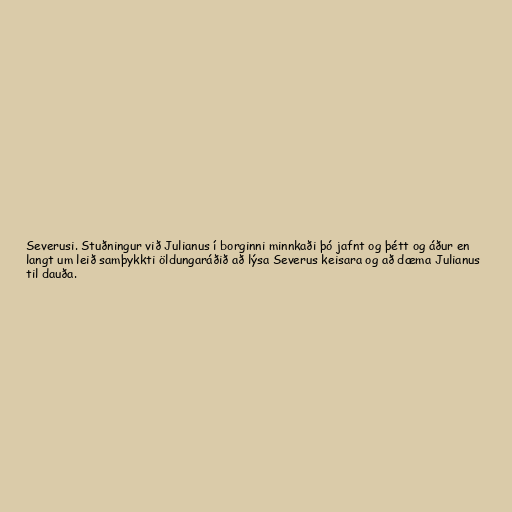
Severusi. Stuðningur við Julianus í borginni minnkaði þó jafnt og þétt og áður en
langt um leið samþykkti öldungaráðið að lýsa Severus keisara og að dæma Julianus
til dauða.